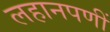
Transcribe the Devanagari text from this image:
लहानपणीं